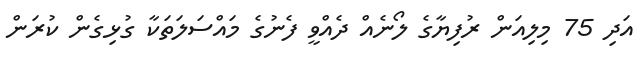
އަދި 75 މިލިއަން ރުފިޔާގެ ލޯނެއް ދެއްވީ ފެނުގެ މައްސަލަތަކާ ގުޅިގެން ކުރަން